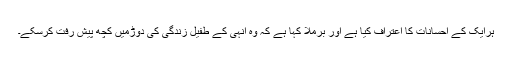
ہرایک کے احسانات کا اعتراف کیا ہے اور برملا کہا ہے کہ وہ انہی کے طفیل زندگی کی دوڑمیں کچھ پیش رفت کرسکے۔